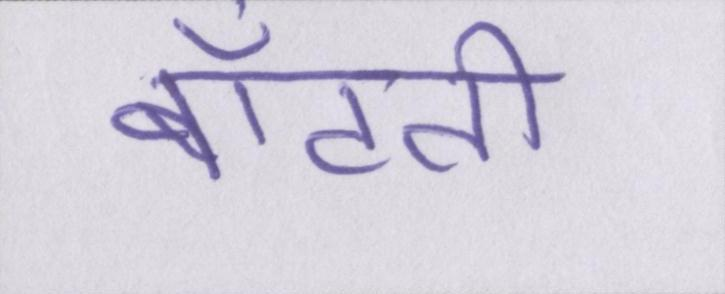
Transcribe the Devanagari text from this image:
बाँटती